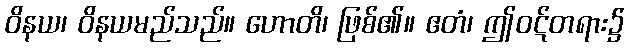
ဝိနယ၊ ဝိနယမည်သည်။ ဟောတိ၊ ဖြစ်၏။ ဧတံ၊ ဤဝဋ်တရား၌